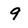
Character: 9